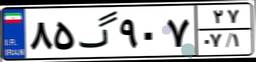
۹۴گ۸۲۰۹۱